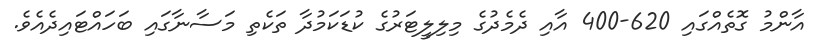
އާންމު ގޮތެއްގައި 620-400 އާއި ދެމެދުގެ މިލިލީޓަރުގެ ކުޑަކަމުދާ ތަކެތި މަސާނާގައި ބަހައްޓައިދެއެވެ.